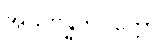
အသိဗန္ဓကပုတ္တော